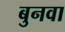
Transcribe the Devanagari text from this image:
बुनवा